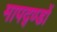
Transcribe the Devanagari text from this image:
मापद्ण्डों